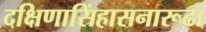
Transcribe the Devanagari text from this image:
दक्षिणासिंहासनारूढा